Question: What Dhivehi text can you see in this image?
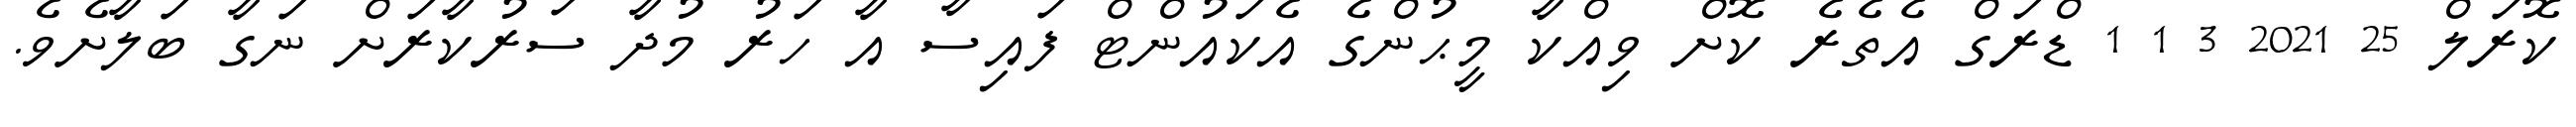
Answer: ކޮރަލް 25 2021 3 1 1 ޑްރަގް އެތެރެ ކޮށް ވިއްކާ މީޙުންގެ އެކައުންޓް ފައިސާ އާ ހަރު މުދާ ސަރުކާރަށް ނަގާ ބަލާށެވެ.